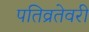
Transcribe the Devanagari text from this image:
पतिव्रतेवरी